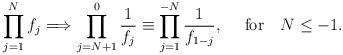
LaTeX: \begin{align*}\prod_{j=1}^N f_j\Longrightarrow \prod_{j=N+1}^0 {1\over f_j}\equiv \prod_{j=1}^{-N} {1\over f_{1-j}}, \quad\hbox{ for}\quad N\leq -1.\end{align*}